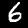
Digit: 6